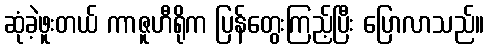
ဆုံခဲ့ဖူးတယ် ကာဇူဟီရိုက ပြန်တွေးကြည့်ပြီး ပြောလာသည်။